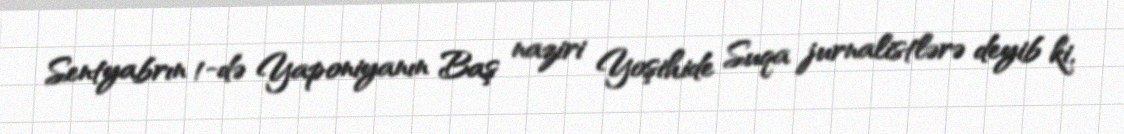
Sentyabrın 1-də Yaponiyanın Baş naziri Yoşihide Suqa jurnalistlərə deyib ki,